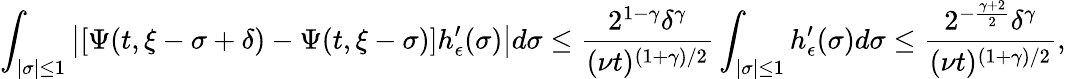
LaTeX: \int_{|\sigma|\leq 1}\left|[\Psi(t,\xi-\sigma+\delta)-\Psi(t,\xi-\sigma)]h_{\epsilon}^{\prime}(\sigma)\right|d\sigma\leq\frac{2^{1-\gamma}\delta^{\gamma}}{(\nu t)^{(1+\gamma)/2}}\int_{|\sigma|\leq 1}h_{\epsilon}^{\prime}(\sigma)d\sigma\leq\frac{2^{-\frac{\gamma+2}{2}}\delta^{\gamma}}{(\nu t)^{(1+\gamma)/2}},